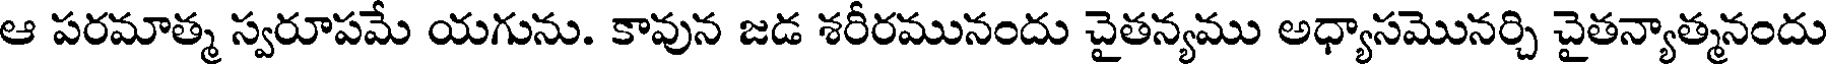
ఆ పరమాత్మ స్వరూపమే యగును. కావున జడ శరీరమునందు చైతన్యము అధ్యాసమొనర్చి చైతన్యాత్మనందు